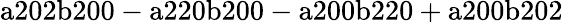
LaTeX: \mathrm{a202b200-a220b200-a200b220+a200b202}